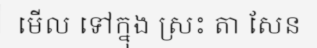
មើល ទៅក្នុង ស្រះ តា សែន